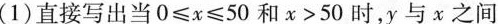
(1)直接写出当$$0 \leq x \leq 50$$和$$x＞50时$$，y与x之间